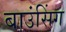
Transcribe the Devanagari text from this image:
बाउंसिंग